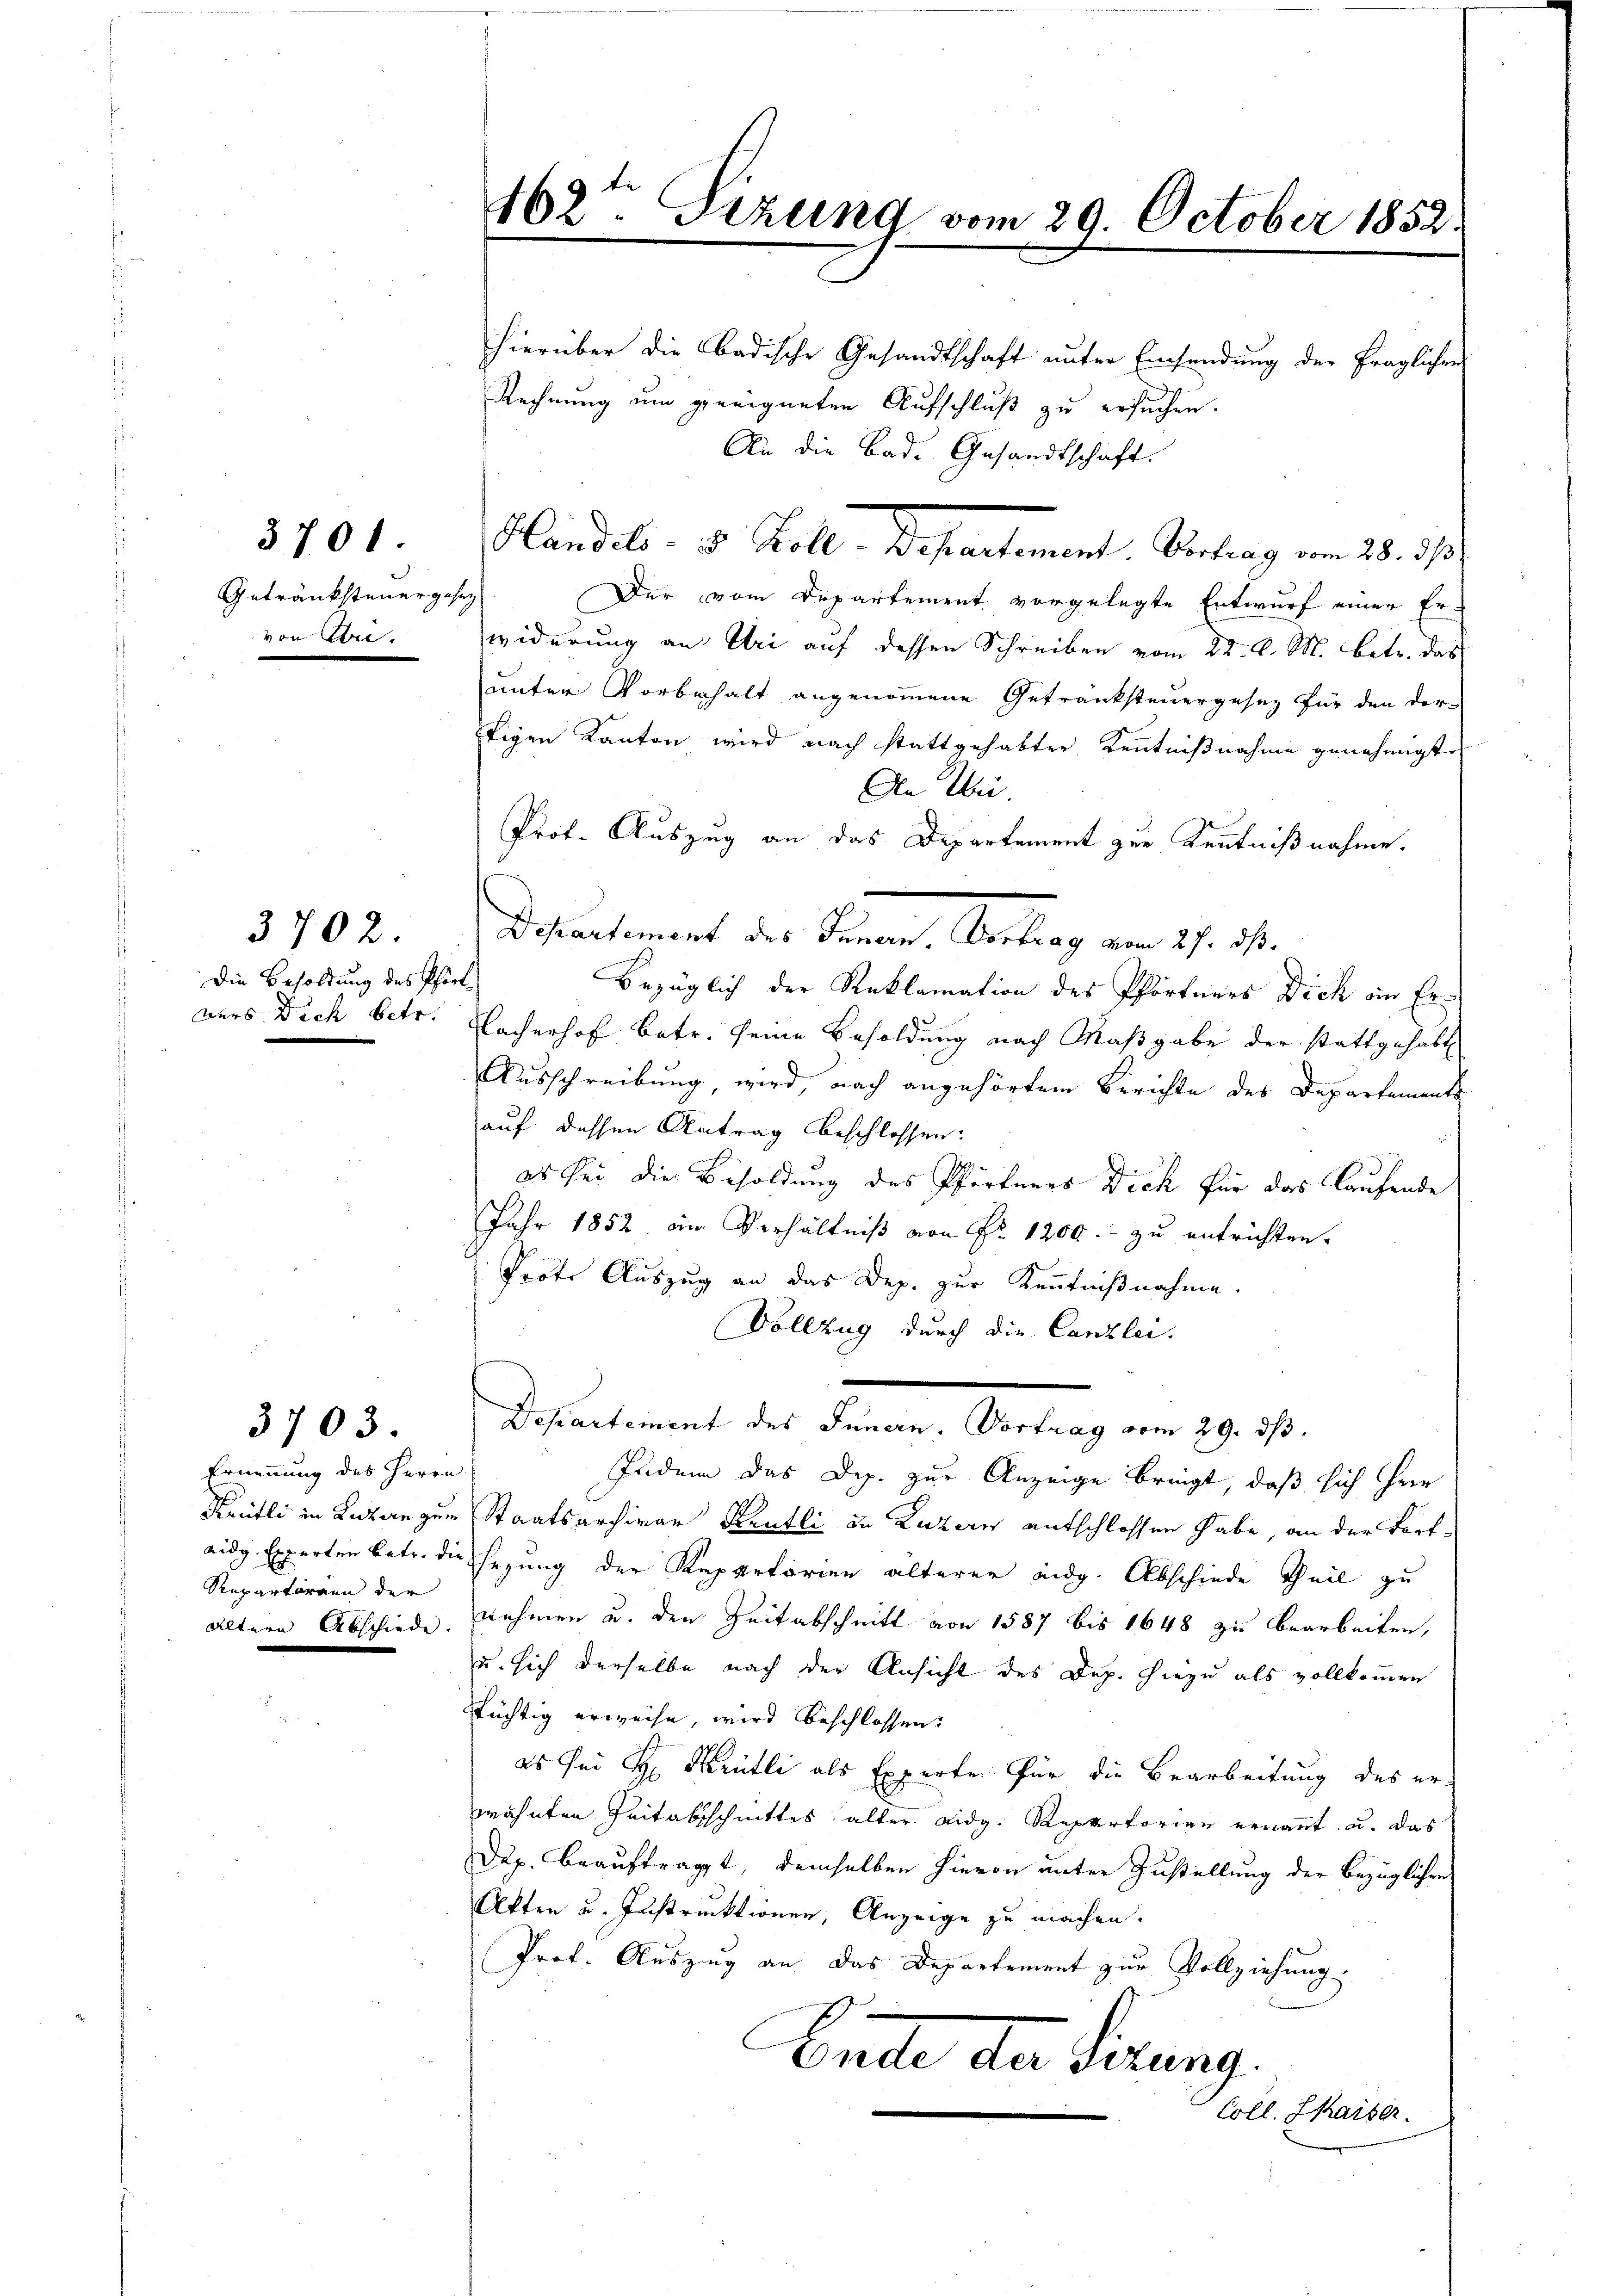
3701
Getränksteuergesez
von Abri-

Die Besoldung des Pfört
aurs Dich betr.

3702.

3703.

Ernennung des Herrn
Repartirann der

462ten Sizung vom 29. October 1852.

hierüber die badische Gesandtschaft unter Einsendung der fraglichen
Rechnung um geeigneten Aufschluß zu ersuchen.
An die Bade Gesandtschaft.
Handels- u. Koll. Departement. Vertrag vom 28. d.
Der vom Departement vorgelegte Entwurf einer Er-
widerung an Uri auf dessen Schreiben vom 22. d. M. betr. das
unter Vorbehalt angenommene Getranksteuergesez für den derötigen Kanton wird nach stattgehabter Kenntnißnahme genehmigte
An Wei
Prof. Auszug an das Departement zur Kenntnißnahme.
Bezüglich der Reklamation des Pförtners Dich in Er¬
Nacherhof betr. seine Besoldung nach Maßgabe der stattgehabt
Ausschreibung, wird, nach angehörtem Berichte des Departements
auf dessen Antrag beschlossen:
es sei die Besoldung des Pförtenes Dich für das laufende
Jahr 1852 im Verhältniß von Fr. 1200.- zu entrichten.
Prote Auszug an das Dep. zur Kenntnißnahme.
Vollzug durch die Canzlei.
Sesentimat des Herrn          19.
Indem das Dep. zur Anzeige bringt, daß sich Her
Krütli in Luzern zum Staatsarchivar Reutli in Luzern entschlossen habe, an der Fortaidg Experten betr. die herung der Repartorien älterer eidg. Abschiede Theil zu
ältern Abschiede nehmen u. den Zeitabschnitt von 1587 bis 1648 zu bearbeiten,
u. sich derselbe nach der Ansicht des Dep. hiezu als vollkommen
süchtig erweise, wird beschlossen:
es sei H. Krütli als Experte für die Bearbeitung des erwähnten Zeitabschnittes alter eidg. Repertorien ernannt u. das
Dup. beauftragt, demselben hievon unter Zustellung der bezüglichen
Akten u. Instruktionen, Anzeige zu machen.
Prof. Auszug an das Departement zur Vollziehung.
Ende den Firung.
Coll. Chaiser.

Departement der Sinnen. Vorstag am 27. d.